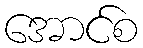
အောင်စ